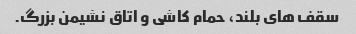
سقف های بلند، حمام کاشی و اتاق نشیمن بزرگ.